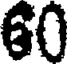
60